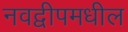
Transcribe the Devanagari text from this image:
नवद्वीपमधील